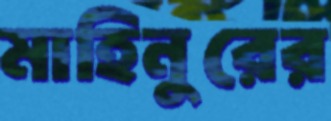
মাহিনুরের